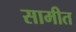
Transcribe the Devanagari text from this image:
सामीत